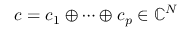
\boldsymbol { c } = \boldsymbol { c } _ { 1 } \oplus \cdots \oplus \boldsymbol { c } _ { p } \in \mathbb { C } ^ { N }